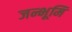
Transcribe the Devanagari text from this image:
जन्भूमि